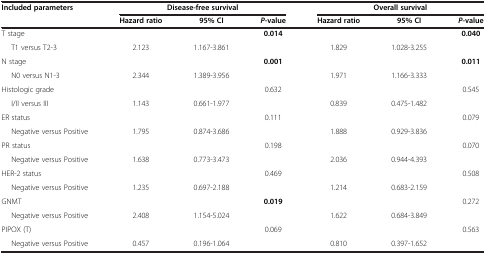
<table><thead><tr><td rowspan="2"><b>Included parameters</b></td><td colspan="3"><b>Disease-free survival</b></td><td colspan="3"><b>Overall survival</b></td></tr><tr><td><b>Hazard ratio</b></td><td><b>95% CI</b></td><td><b><i>P</i>-value</b></td><td><b>Hazard ratio</b></td><td><b>95% CI</b></td><td><b><i>P</i>-value</b></td></tr></thead><tbody><tr><td>T stage</td><td> </td><td> </td><td><b>0.014</b></td><td> </td><td> </td><td><b>0.040</b></td></tr><tr><td>T1 versus T2-3</td><td>2.123</td><td>1.167-3.861</td><td> </td><td>1.829</td><td>1.028-3.255</td><td> </td></tr><tr><td>N stage</td><td> </td><td> </td><td><b>0.001</b></td><td> </td><td> </td><td><b>0.011</b></td></tr><tr><td>N0 versus N1-3</td><td>2.344</td><td>1.389-3.956</td><td> </td><td>1.971</td><td>1.166-3.333</td><td> </td></tr><tr><td>Histologic grade</td><td> </td><td> </td><td>0.632</td><td> </td><td> </td><td>0.545</td></tr><tr><td>I/II versus III</td><td>1.143</td><td>0.661-1.977</td><td> </td><td>0.839</td><td>0.475-1.482</td><td> </td></tr><tr><td>ER status</td><td> </td><td> </td><td>0.111</td><td> </td><td> </td><td>0.079</td></tr><tr><td>Negative versus Positive</td><td>1.795</td><td>0.874-3.686</td><td> </td><td>1.888</td><td>0.929-3.836</td><td> </td></tr><tr><td>PR status</td><td> </td><td> </td><td>0.198</td><td> </td><td> </td><td>0.070</td></tr><tr><td>Negative versus Positive</td><td>1.638</td><td>0.773-3.473</td><td> </td><td>2.036</td><td>0.944-4.393</td><td> </td></tr><tr><td>HER-2 status</td><td> </td><td> </td><td>0.469</td><td> </td><td> </td><td>0.508</td></tr><tr><td>Negative versus Positive</td><td>1.235</td><td>0.697-2.188</td><td> </td><td>1.214</td><td>0.683-2.159</td><td> </td></tr><tr><td>GNMT</td><td> </td><td> </td><td><b>0.019</b></td><td> </td><td> </td><td>0.272</td></tr><tr><td>Negative versus Positive</td><td>2.408</td><td>1.154-5.024</td><td> </td><td>1.622</td><td>0.684-3.849</td><td> </td></tr><tr><td>PIPOX (T)</td><td> </td><td> </td><td>0.069</td><td> </td><td> </td><td>0.563</td></tr><tr><td>Negative versus Positive</td><td>0.457</td><td>0.196-1.064</td><td> </td><td>0.810</td><td>0.397-1.652</td><td> </td></tr></tbody></table>